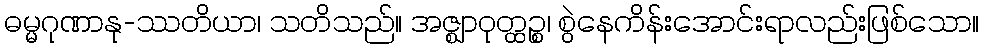
ဓမ္မဂုဏာနု-ဿတိယာ၊ သတိသည်။ အဇ္ဈာဝုတ္ထဉ္စ၊ စွဲနေကိန်းအောင်းရာလည်းဖြစ်သော။